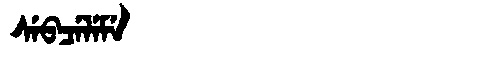
Manchu: ᠰᡝᠪᠴᡝᠯᡝᠮᡝ
Romanization: SEBCELEME